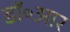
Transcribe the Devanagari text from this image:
डॉ॰आर